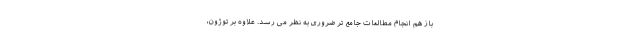
باز هم انجام مطالعات جامع تر ضروری به نظر می رسد. علاوه بر توژون،